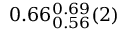
0 . 6 6 _ { 0 . 5 6 } ^ { 0 . 6 9 } ( 2 )